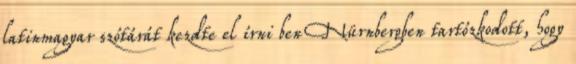
latinmagyar szótárát kezdte el írni ben Nürnbergben tartózkodott, hogy